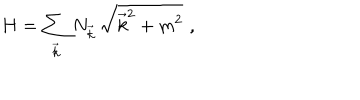
LaTeX: H = \sum _ { \vec { k } } N _ { \vec { k } } \, \sqrt { \vec { k } ^ { 2 } + m ^ { 2 } } \, \, ,